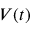
V ( t )